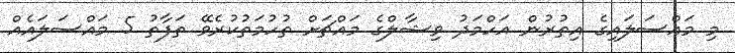
މި މައްސަލައިގެ އިތުރުން އަހްމަދު ވިޝާލްގެ މައްޗަށް ތުހުމަތުކުރެވޭ ތަފާތު 5 މައްސަލައެއް